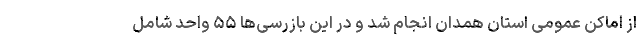
از اماکن عمومی استان همدان انجام شد و در این بازرسی‌ها ۵۵ واحد شامل